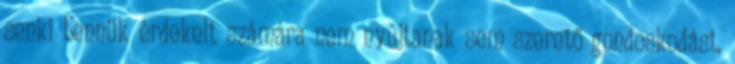
senki bennük érdekelt számára nem nyújtanak sem szerető gondoskodást,